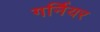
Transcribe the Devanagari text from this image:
गर्नियर